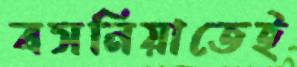
বসনিয়াতেই